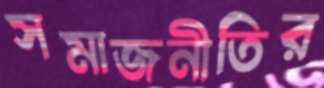
সমাজনীতির